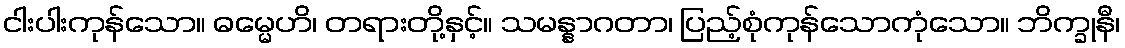
ငါးပါးကုန်သော။ ဓမ္မေဟိ၊ တရားတို့နှင့်။ သမန္နာဂတာ၊ ပြည့်စုံကုန်သောကုံသော။ ဘိက္ခုနီ၊